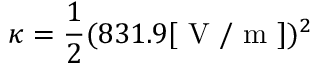
\kappa = \frac { 1 } { 2 } ( 8 3 1 . 9 [ \mathrm { ~ V ~ / ~ m ~ } ] ) ^ { 2 }